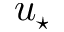
u _ { \star }